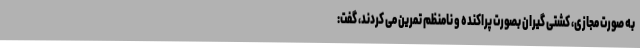
به صورت مجازی، کشتی گیران بصورت پراکنده و نامنظم تمرین می کردند، گفت: